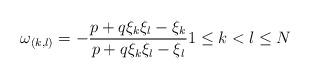
LaTeX: \begin{align*} \omega_{(k,l)} = - \frac{p + q\xi_k \xi_l -\xi_k}{p + q\xi_k \xi_l -\xi_l} 1 \leq k < l \leq N\end{align*}